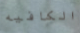
الكافيه